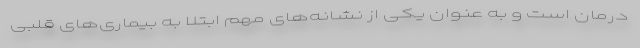
درمان است و به عنوان یکی از نشانه‌های مهم ابتلا به بیماری‌های قلبی